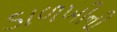
ડાળખીની